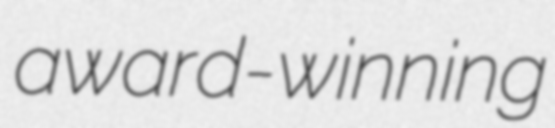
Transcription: award-winning